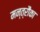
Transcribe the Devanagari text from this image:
मन्त्रौंका